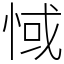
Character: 惐